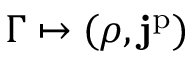
\Gamma \mapsto ( \rho , \mathbf { j } ^ { \mathrm { p } } )